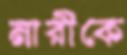
নারীকে